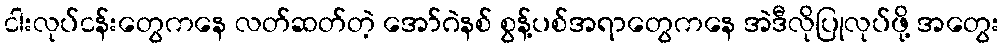
ငါးလုပ်ငန်းတွေကနေ လတ်ဆတ်တဲ့ အော်ဂဲနစ် စွန့်ပစ်အရာတွေကနေ အဲဒီလိုပြုလုပ်ဖို့ အတွေး